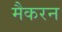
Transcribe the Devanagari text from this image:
मैकरन